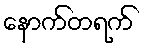
နောက်တရက်